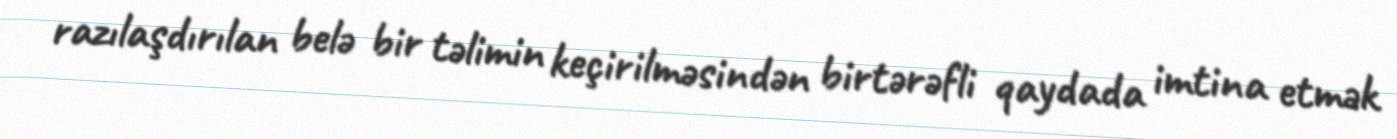
razılaşdırılan belə bir təlimin keçirilməsindən birtərəfli qaydada imtina etmək